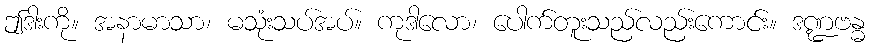
ဤဒါးကို။ အနာမာသာ၊ မသုံးသပ်အပ်။ ကုဒါလော၊ ပေါက်တူးသည်လည်းကောင်း။ ဒဏ္ဍဗန္ဓ